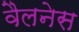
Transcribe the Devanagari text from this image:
वैलनेस